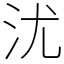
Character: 沋